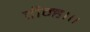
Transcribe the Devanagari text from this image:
दीन्‍ह।।।